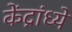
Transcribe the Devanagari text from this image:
केंद्रांध्ये